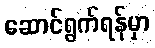
ဆောင်ရွက်ရန်မှာ